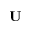
{ \bf U }